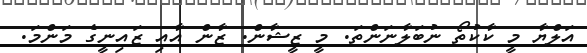
އަލްޔާ މީ ކާކުތޯ ނުބަލާނަންތަ. މީ ޒީޝާން. ޒާން އާއި ޒައިނީގެ މަންމަ.